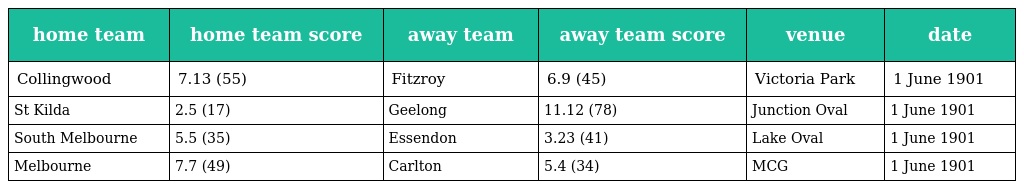
| home team | home team score | away team | away team score | venue | date |
 | --- | --- | --- | --- | --- | --- |
 | Collingwood | 7.13 (55) | Fitzroy | 6.9 (45) | Victoria Park | 1 June 1901 |
 | St Kilda | 2.5 (17) | Geelong | 11.12 (78) | Junction Oval | 1 June 1901 |
 | South Melbourne | 5.5 (35) | Essendon | 3.23 (41) | Lake Oval | 1 June 1901 |
 | Melbourne | 7.7 (49) | Carlton | 5.4 (34) | MCG | 1 June 1901 |